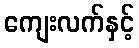
ကျေးလက်နှင့်